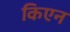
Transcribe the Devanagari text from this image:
किएन